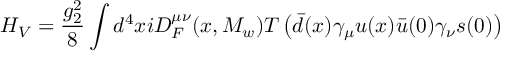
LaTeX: H _ { V } = { \frac { g _ { 2 } ^ { 2 } } { 8 } } \int d ^ { 4 } x i D _ { F } ^ { \mu \nu } ( x , M _ { w } ) T \left( \bar { d } ( x ) \gamma _ { \mu } u ( x ) \bar { u } ( 0 ) \gamma _ { \nu } s ( 0 ) \right)